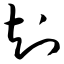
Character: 知